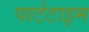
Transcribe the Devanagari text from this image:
पार्टटाइम